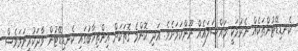
ކެނޑިޑޭޓުންތަކެއް ނެރުމަކީ މައްސަލައެއް ނޫންކަމަށެވެ. އަދި ކޮންމެ ގޮތަކަށް އިންތިޚާބުގައި ކެނޑިޑޭޓުން ވާދަކުރިނަމަވެސް